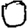
Digit: 0